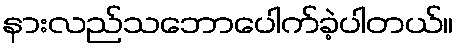
နားလည်သဘောပေါက်ခဲ့ပါတယ်။